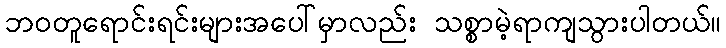
ဘဝတူရောင်းရင်းများအပေါ်မှာလည်း သစ္စာမဲ့ရာကျသွားပါတယ်။